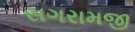
સગરામજી